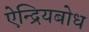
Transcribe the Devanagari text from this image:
ऐन्द्रियबोध